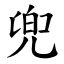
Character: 兜